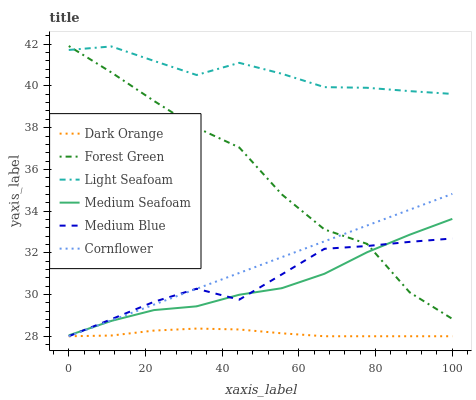
| xaxis_label | Dark Orange | Forest Green | Light Seafoam | Medium Seafoam | Medium Blue | Cornflower |
 | --- | --- | --- | --- | --- | --- | --- |
 | 0 | 28 | 41.9 | 41.7 | 28 | 28 | 28 |
 | 11.1 | 28 | 40.6 | 41.9 | 28.7 | 28.8 | 28.8 |
 | 22.2 | 28.3 | 39.3 | 41.2 | 29.3 | 29.7 | 29.5 |
 | 33.3 | 28.4 | 38 | 40.5 | 29.4 | 30.3 | 30.3 |
 | 44.4 | 28.3 | 37.1 | 41.1 | 30 | 29.8 | 31 |
 | 55.6 | 28.1 | 34.8 | 40.6 | 30.3 | 31 | 31.8 |
 | 66.7 | 28 | 33.1 | 39.9 | 31 | 32.2 | 32.6 |
 | 77.8 | 28 | 32.4 | 39.9 | 32 | 32.3 | 33.3 |
 | 88.9 | 28 | 30.1 | 39.8 | 32.9 | 32.5 | 34.1 |
 | 100 | 28 | 28.8 | 39.6 | 33.6 | 32.7 | 34.8 |